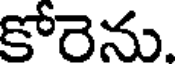
కోరెను.